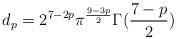
LaTeX: \begin{align*}d_{p}=2^{7-2p}\pi ^{\frac{9-3p}{2}}\Gamma (\frac{7-p}{2})\end{align*}